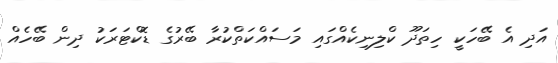
އަދި އެ ބޭހަކީ ހިތަދޫ ކްލިނިކެއްގައި މަސައްކަތްކުރާ ބޭރުގެ ޑޮކްޓަރަކު ދިން ބޭހެއް